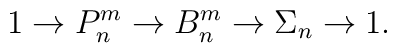
1 \to P_n^m \to B_n^m \to \Sigma_n \to 1.